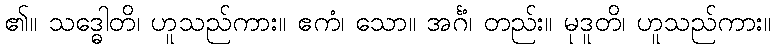
၏။ သဒ္ဓေါတိ၊ ဟူသည်ကား။ ဧကံ၊ သော။ အင်္ဂံ၊ တည်း။ မုဒူတိ၊ ဟူသည်ကား။